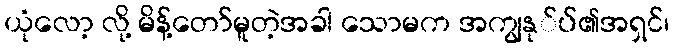
ယုံလော့ လို့ မိန့်တော်မူတဲ့အခါ သောမက အကျွနု်ပ်၏အရှင်၊